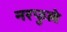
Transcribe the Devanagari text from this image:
नरफुले